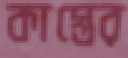
কাস্তের